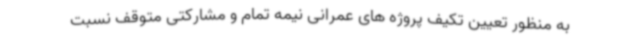
به منظور تعیین تکیف پروژه های عمرانی نیمه تمام و مشارکتی متوقف نسبت